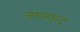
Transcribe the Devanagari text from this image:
लंगारऊद